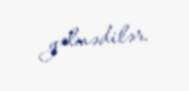
gəlmədilər.